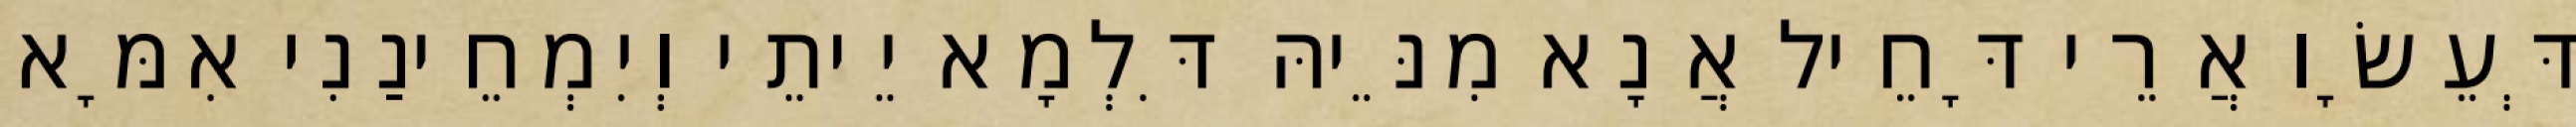
דְּעֵשָׂו אֲרֵי דָּחֵיל אֲנָא מִנֵּיהּ דִּלְמָא יֵיתֵי וְיִמְחֵינַנִי אִמָּא